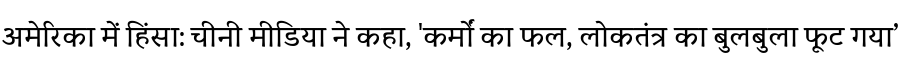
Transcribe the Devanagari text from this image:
अमेरिका में हिंसा: चीनी मीडिया ने कहा, 'कर्मों का फल, लोकतंत्र का बुलबुला फूट गया’